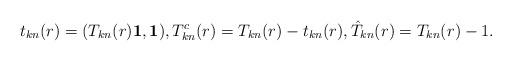
LaTeX: \begin{align*}t_{kn}(r)=(T_{kn}(r){\bf 1},{\bf 1}),T_{kn}^c(r)=T_{kn}(r)-t_{kn}(r),\hat{T}_{kn}(r)=T_{kn}(r)-1.\end{align*}